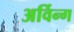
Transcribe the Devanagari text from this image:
अर्विन्ग